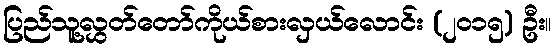
ပြည်သူ့လွှတ်တော်ကိုယ်စားလှယ်လောင်း (၂၀၁၅) ဦး။